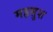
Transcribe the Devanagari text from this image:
महसुश